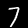
Label: 7